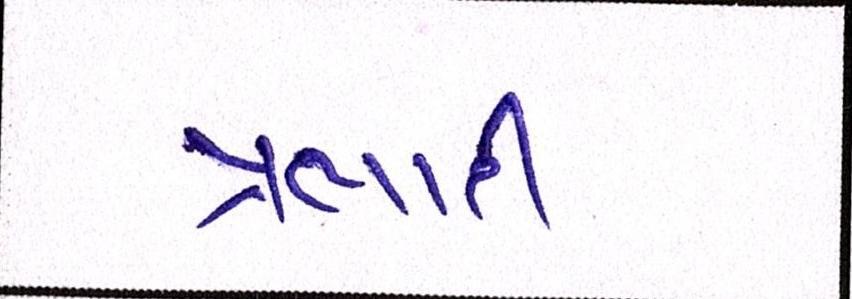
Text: પ્રભારી